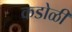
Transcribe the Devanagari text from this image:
कडोळी